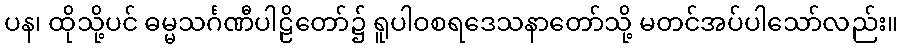
ပန၊ ထိုသို့ပင် ဓမ္မသင်္ဂဏီပါဠိတော်၌ ရူပါဝစရဒေသနာတော်သို့ မတင်အပ်ပါသော်လည်း။